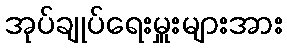
အုပ်ချုပ်ရေးမှူးများအား